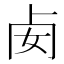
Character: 𠧜